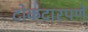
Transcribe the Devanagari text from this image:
टोकदारपणे